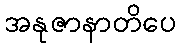
အနုဇာနာတိပေ